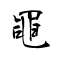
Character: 黽